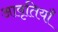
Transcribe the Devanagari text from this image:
अावृतियाँ